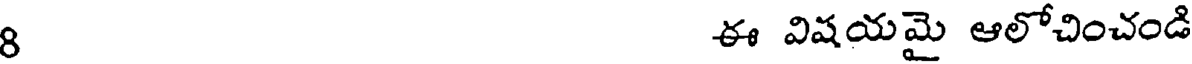
8 ఈ విషయమై ఆలోచించండి